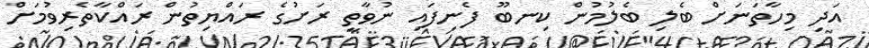
އަދި މިހާތަނަށް ބެލި ބެލުމުން ކިނބޫ ފެނިފައި ނުވާތީ ރަށުގެ ރައްޔިތުން ރައްކާތެރިވުމަށް